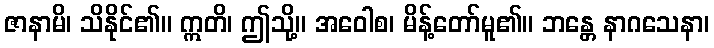
ဇာနာမိ၊ သိနိုင်၏။ ဣတိ၊ ဤသို့။ အဝေါစ၊ မိန့်တော်မူ၏။ ဘန္တေ နာဂသေနာ၊